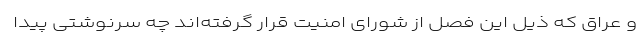
و عراق که ذیل این فصل از شورای امنیت قرار گرفته‌اند چه سرنوشتی پیدا